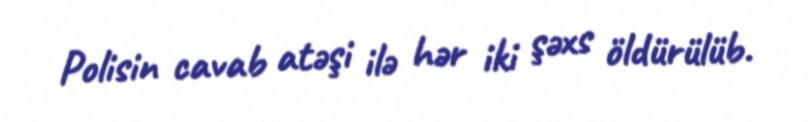
Polisin cavab atəşi ilə hər iki şəxs öldürülüb.